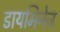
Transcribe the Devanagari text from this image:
डायमिनेज